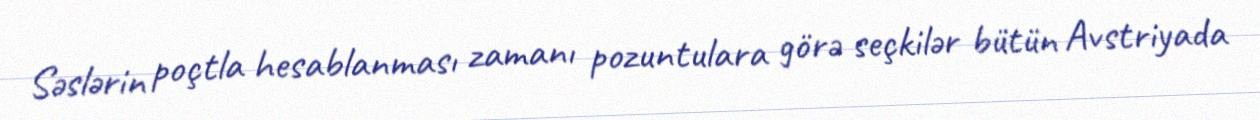
Səslərin poçtla hesablanması zamanı pozuntulara görə seçkilər bütün Avstriyada